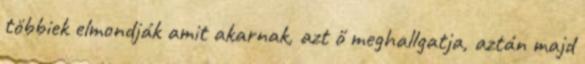
többiek elmondják amit akarnak, azt ő meghallgatja, aztán majd